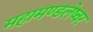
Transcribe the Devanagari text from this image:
महामण्डलेष्वर